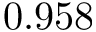
0 . 9 5 8